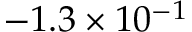
- 1 . 3 \times 1 0 ^ { - 1 }